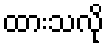
ထားသလို